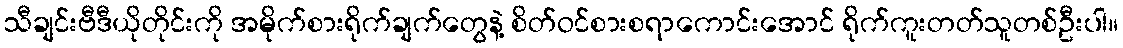
သီချင်းဗီဒီယိုတိုင်းကို အမိုက်စားရိုက်ချက်တွေနဲ့ စိတ်ဝင်စားစရာကောင်းအောင် ရိုက်ကူးတတ်သူတစ်ဦးပါ။